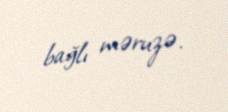
bağlı məruzə.